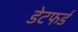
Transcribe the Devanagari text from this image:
डेटफर्ड